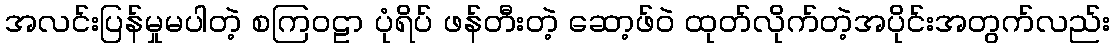
အလင်းပြန်မှုမပါတဲ့ စကြဝဠာ ပုံရိပ် ဖန်တီးတဲ့ ဆော့ဖ်ဝဲ ထုတ်လိုက်တဲ့အပိုင်းအတွက်လည်း